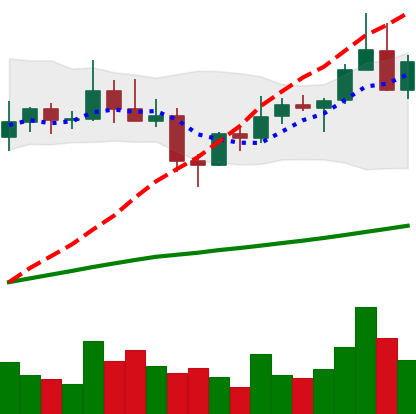
Ticker: XLM-USD
Chart end date: 2021-04-04
Forward return: 11.096%
Label: up_7plus